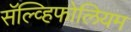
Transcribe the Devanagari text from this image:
सॅल्व्हिफोलियम